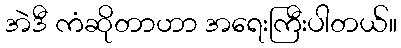
အဲဒီ ကံဆိုတာဟာ အရေးကြီးပါတယ်။